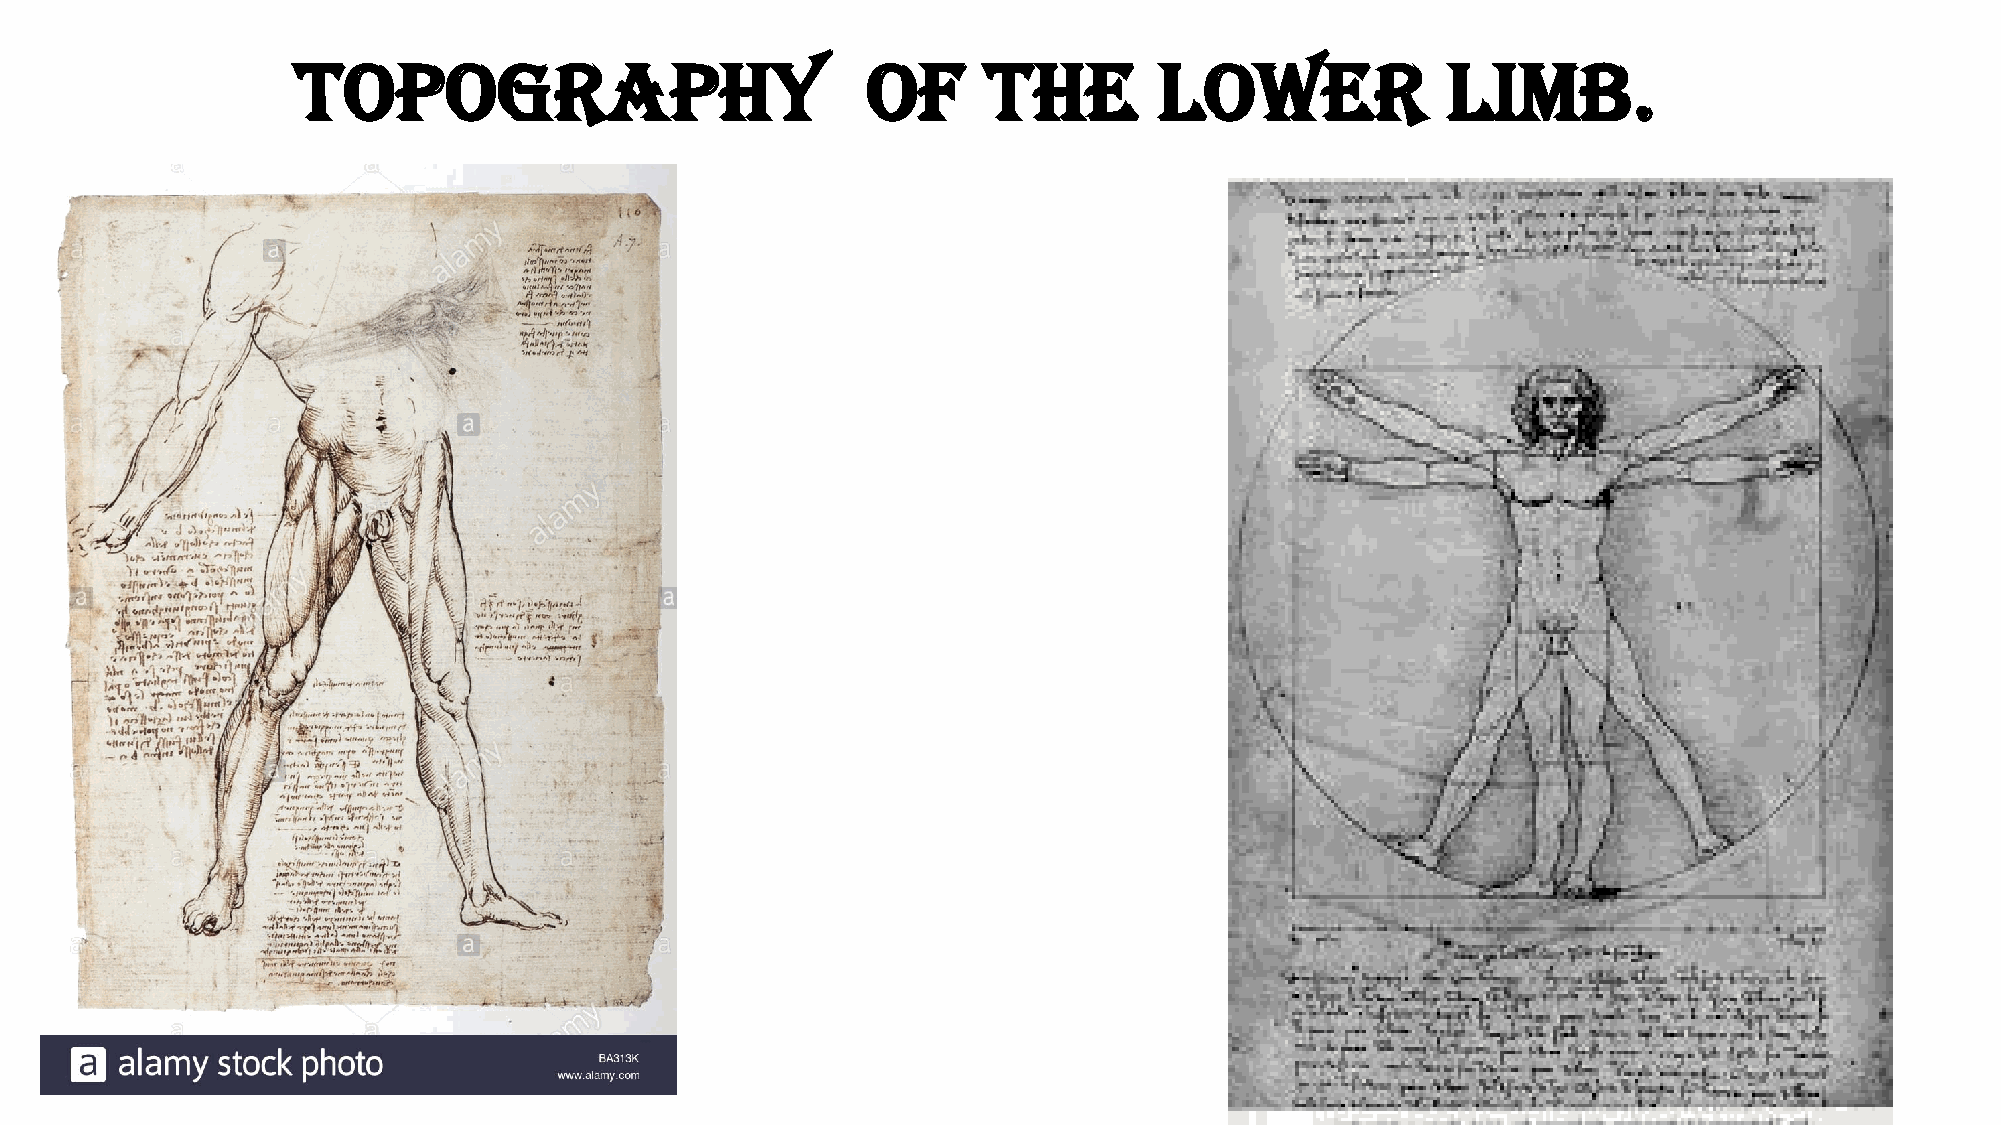
Topography                           of      the         lower              limb.